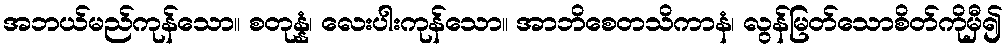
အဘယ်မည်ကုန်သော။ စတုန္နံ၊ လေးပါးကုန်သော။ အာဘိစေတသိကာနံ၊ လွန်မြတ်သောစိတ်ကိုမှီ၍